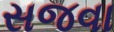
સજવા